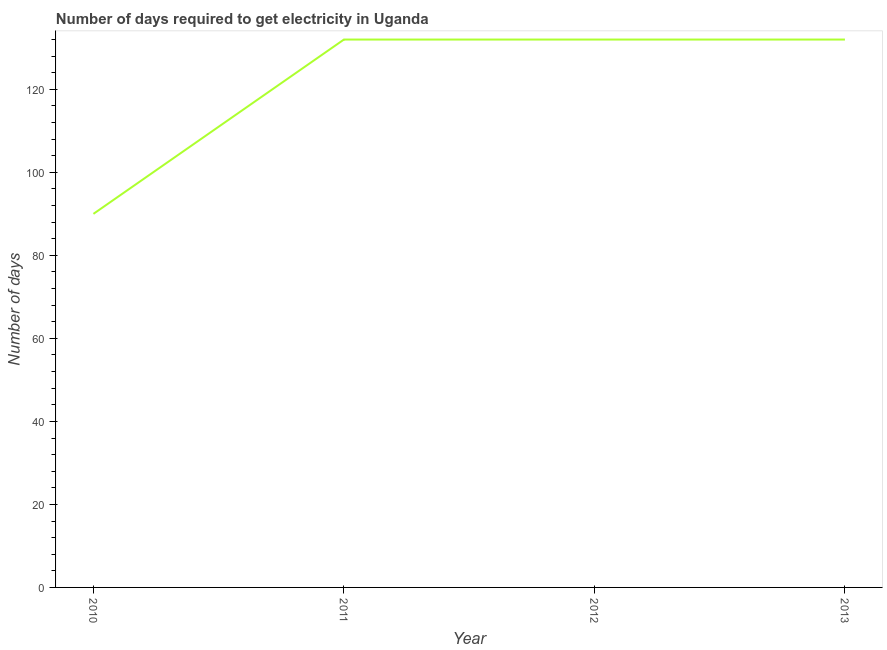
| Year | Time to get electricity |
 | --- | --- |
 | 2010 | 90 |
 | 2011 | 132 |
 | 2012 | 132 |
 | 2013 | 132 |